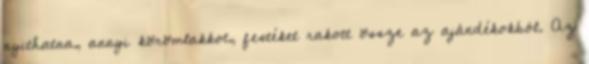
nyithatna, annyi körömlakkot, festéket rakott össze az ajándékokból. Az